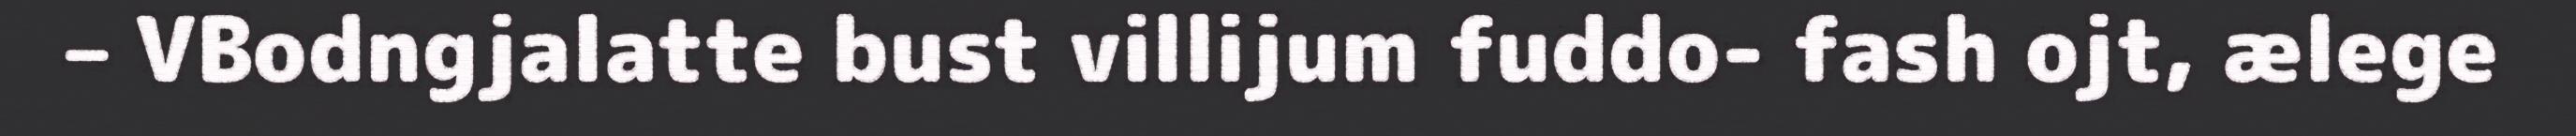
– VBodngjalatte bust villijum fuddo- fash ojt, ælege